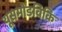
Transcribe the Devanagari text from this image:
यूसमोडविकि